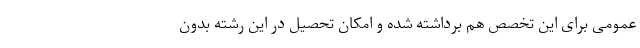
عمومی برای این تخصص هم برداشته شده و امکان تحصیل در این رشته بدون